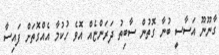
ގާނޫނޫ އަސާސީ ބުނާ ގޮތުން ސާބިތު ދަރަންޏެއް އޮވެ ހުކުމާ އެއްގޮތަށް ފައިސާ